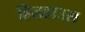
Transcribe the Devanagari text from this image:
हिलहाउस